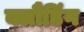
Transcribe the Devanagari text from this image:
क्लौडिंग